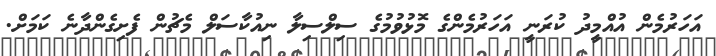
އަހަރުމެން އުއްމީދު ކުރަނީ އަހަރުމެންގެ މޮޅުވުމުގެ ސިލްސިލާ ނިއުކާސަލް މެޗުން ފެށިގެންދާނެ ކަމަށް.